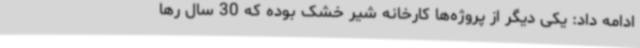
ادامه داد: یکی دیگر از پروژه‌ها کارخانه شیر خشک بوده که 30 سال رها